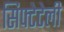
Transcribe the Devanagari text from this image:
सिफ्टेटेली